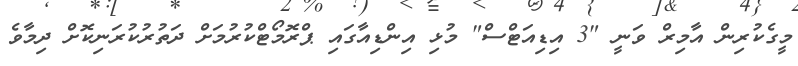
މީގެކުރިން އާމިރް ވަނީ "3 އިޑިއަޓްސް" މުޅި އިންޑިއާގައި ޕްރޮމޯޓްކުރުމަށް ދަތުރުކުރަނިކޮށް ދިމާވެ